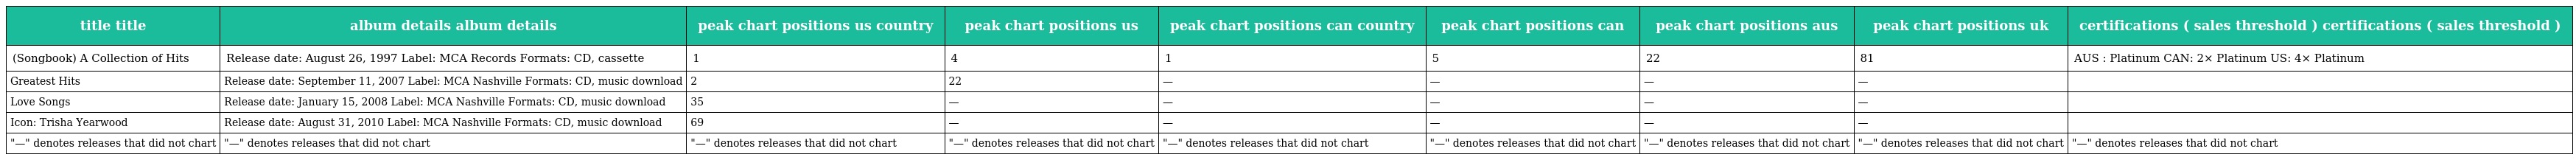
| title title | album details album details | peak chart positions us country | peak chart positions us | peak chart positions can country | peak chart positions can | peak chart positions aus | peak chart positions uk | certifications ( sales threshold ) certifications ( sales threshold ) |
 | --- | --- | --- | --- | --- | --- | --- | --- | --- |
 | (Songbook) A Collection of Hits | Release date: August 26, 1997 Label: MCA Records Formats: CD, cassette | 1 | 4 | 1 | 5 | 22 | 81 | AUS : Platinum CAN: 2× Platinum US: 4× Platinum |
 | Greatest Hits | Release date: September 11, 2007 Label: MCA Nashville Formats: CD, music download | 2 | 22 | — | — | — | — |  |
 | Love Songs | Release date: January 15, 2008 Label: MCA Nashville Formats: CD, music download | 35 | — | — | — | — | — |  |
 | Icon: Trisha Yearwood | Release date: August 31, 2010 Label: MCA Nashville Formats: CD, music download | 69 | — | — | — | — | — |  |
 | "—" denotes releases that did not chart | "—" denotes releases that did not chart | "—" denotes releases that did not chart | "—" denotes releases that did not chart | "—" denotes releases that did not chart | "—" denotes releases that did not chart | "—" denotes releases that did not chart | "—" denotes releases that did not chart | "—" denotes releases that did not chart |